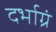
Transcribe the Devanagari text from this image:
दर्भाग्रं